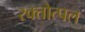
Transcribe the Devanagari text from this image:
रक्तोत्पल